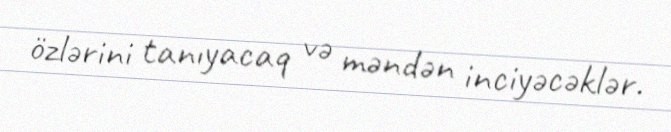
özlərini tanıyacaq və məndən inciyəcəklər.